Malaria in India - Number 2
Disease focus: Malaria
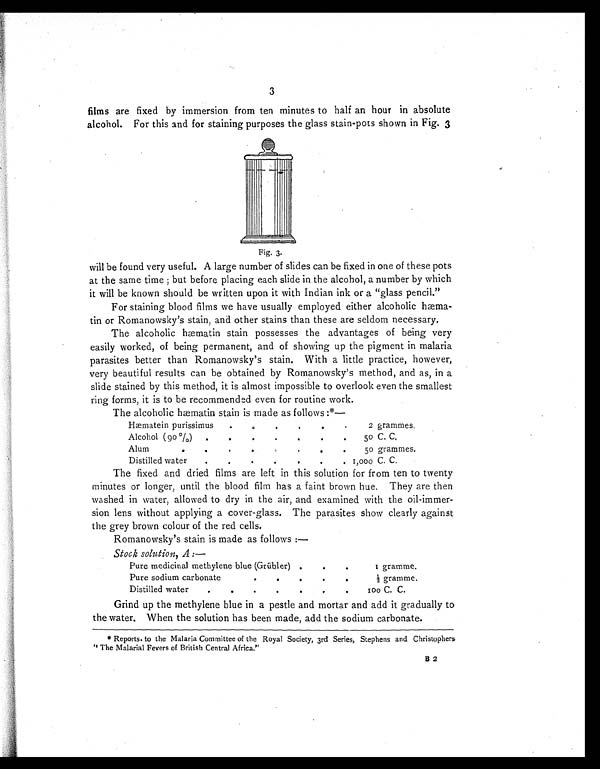
3
films are fixed by immersion from ten minutes to half an hour in absolute
alcohol. For this and for staining purposes the glass stain-pots shown in Fig. 3
A Gr a p h i c a p p e a r s h e r e s e e F i g . 3 . o f p a g e 3
will be found very useful. A large number of slides can be fixed in one of these pots
at the same time ; but before placing each slide in the alcohol, a number by which
it will be known should be written upon it with Indian ink or a "glass pencil."
For staining blood films we have usually employed either alcoholic hæma-
tin or Romanowsky's stain, and other stains than these are seldom necessary.
The alcoholic hæmatin stain possesses the advantages of being very
easily worked, of being permanent, and of showing up the pigment in malaria
parasites better than Romanowsky's stain. With a little practice, however,
very beautiful results can be obtained by Romanowsky's method, and as, in a
slide stained by this method, it is almost impossible to overlook even the smallest
ring forms, it is to be recommended even for routine work.
The alcoholic hæmatin stain is made as follows :*—
Hæmatein purissimus
2 grammes.
Alcohol ( 90 %)
50 C. C.
Alum
50 grammes.
Distilled water
1,000 C. C.
The fixed and dried films are left in this solution for from ten to twenty
minutes or longer, until the blood film has a faint brown hue. They are then
washed in water, allowed to dry in the air, and examined with the oil-immer-
sion lens without applying a cover-glass. The parasites show clearly against
the grey brown colour of the red cells.
Romanowsky's stain is made as follows :—
Stock solution, A :—
Pure medicinal methylene blue (Grübler)
1 gramme.
Pure sodium carbonate
1/ 2 gr amme.
Distilled water
100 C. C.
Grind up the methylene blue in a pestle and mortar and add it gradually to
the water. When the solution has been made, add the sodium carbonate.
* Reports to the Malaria Committee of the Royal Society, 3rd Series, Stephens and Christophers
" The Malarial Fevers of British Central Africa."
B 2